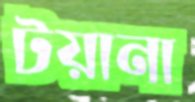
টয়ানা